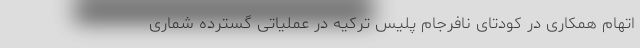
‌اتهام همکاری در کودتای نافرجام پلیس ترکیه در عملیاتی گسترده شماری